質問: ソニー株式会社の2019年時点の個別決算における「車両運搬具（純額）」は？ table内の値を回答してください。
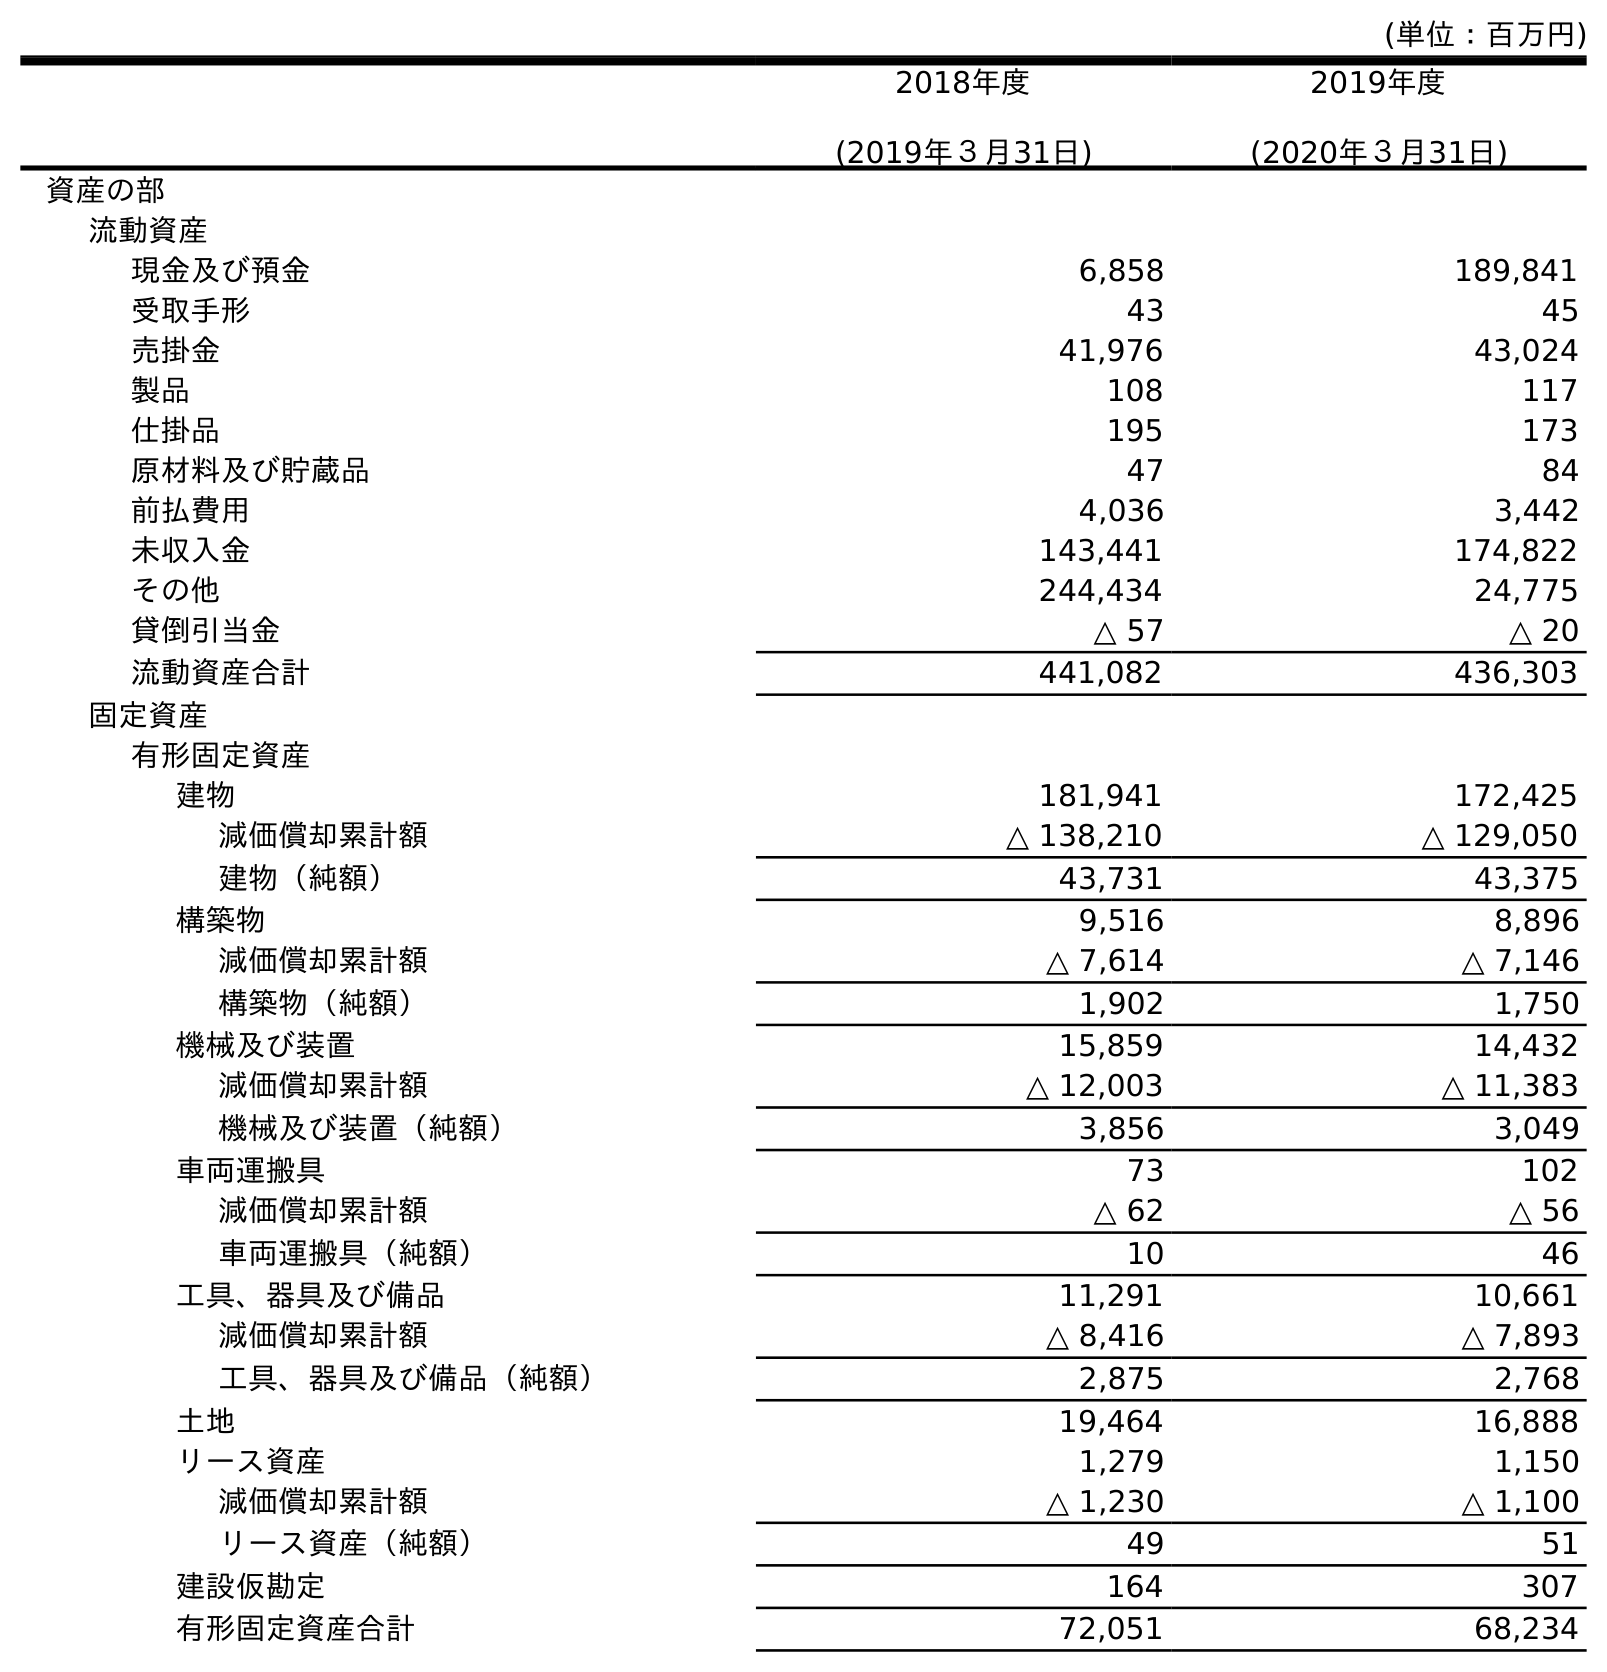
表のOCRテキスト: (単位：百万円) 2018年度 (2019年３月31日) 2019年度 (2020年３月31日) 資産の部 流動資産 現金及び預金 6,858 189,841 受取手形 43 45 売掛金 41,976 43,024 製品 108 117 仕掛品 195 173 原材料及び貯蔵品 47 84 前払費用 4,036 3,442 未収入金 143,441 174,822 その他 244,434 24,775 貸倒引当金 △ 57 △ 20 流動資産合計 441,082 436,303 固定資産 有形固定資産 建物 181,941 172,425 減価償却累計額 △ 138,210 △ 129,050 建物（純額） 43,731 43,375 構築物 9,516 8,896 減価償却累計額 △ 7,614 △ 7,146 構築物（純額） 1,902 1,750 機械及び装置 15,859 14,432 減価償却累計額 △ 12,003 △ 11,383 機械及び装置（純額） 3,856 3,049 車両運搬具 73 102 減価償却累計額 △ 62 △ 56 車両運搬具（純額） 10 46 工具、器具及び備品 11,291 10,661 減価償却累計額 △ 8,416 △ 7,893 工具、器具及び備品（純額） 2,875 2,768 土地 19,464 16,888 リース資産 1,279 1,150 減価償却累計額 △ 1,230 △ 1,100 リース資産（純額） 49 51 建設仮勘定 164 307 有形固定資産合計 72,051 68,234
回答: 10